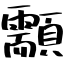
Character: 顬